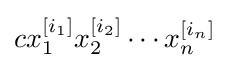
cx_{1}^{[i_{1}]}x_{2}^{[i_{2}]}\cdots x_{n}^{[i_{n}]}